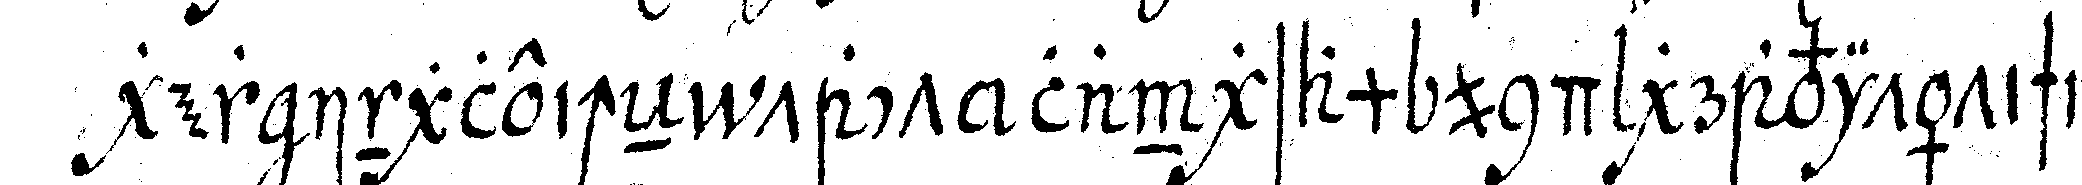
ger ingleicheN tact langsam und gravitätisch .